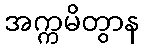
အက္ကမိတွာန